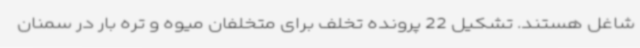
شاغل هستند. تشکیل 22 پرونده تخلف برای متخلفان میوه و تره بار در سمنان